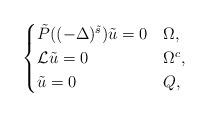
LaTeX: \begin{align*}\begin{cases} \tilde{P}( (-\Delta)^{\tilde{s}})\tilde{u} = 0 & \Omega,\\ \mathcal{L}\tilde{u}=0 &\Omega^c,\\ \tilde{u}=0 & Q,\end{cases} \end{align*}